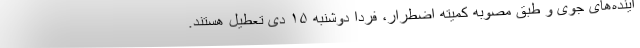
اینده‌های جوی و طبق مصوبه کمیته اضطرار، فردا دوشنبه ۱۵ دی تعطیل هستند.